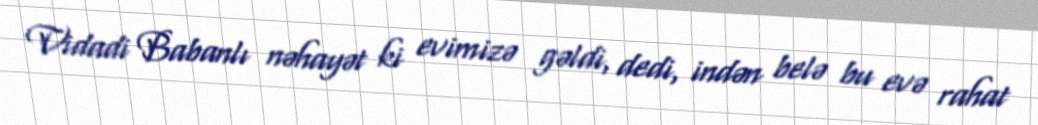
Vidadi Babanlı nəhayət ki evimizə gəldi, dedi, indən belə bu evə rahat